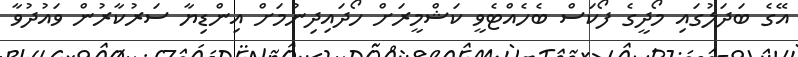
އޭގެ ބަދަލުގައި މޯދީގެ ފޯކަސް ބެހެއްޓެވީ ކަޝްމީރަށް ހޯދައިދިނުމަށް އިންޑިޔާ ސަރުކާރުން ވައުދުވާ